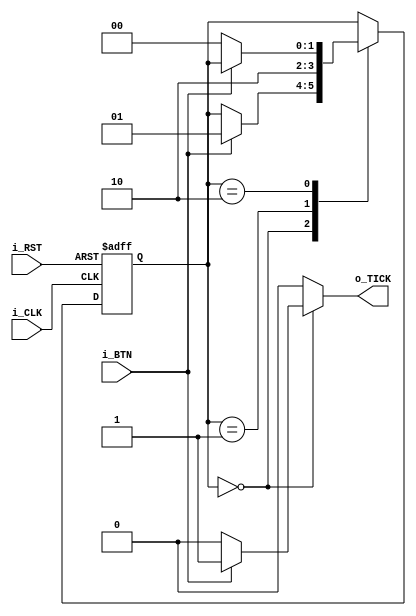
`timescale 1ns / 1ps
//////////////////////////////////////////////////////////////////////////////////
// Company:
// Engineer:
//
// Design Name:
// Module Name: rising_edge_detector_mealy
// Project Name:
// Target Devices:
// Tool Versions:
// Description:
//
// Dependencies:
//
// Revision:
// Revision 0.01 - File Created
// Additional Comments:
//
//////////////////////////////////////////////////////////////////////////////////


module button_tick_latch(input i_CLK,
                         input i_RST,
                         input i_BTN,
                         output reg o_TICK);
    
    //assigns state names to bit values for case statement
    localparam [1:0] zero = 2'b00,
    hold = 2'b01,
    one = 2'b10;
    
    reg [1:0] state_reg, state_next;
    
    //D FF
    always @(negedge i_CLK, posedge i_RST)
        if (i_RST)
            state_reg = zero;
        else
            state_reg = state_next;
    
    //Next state logic and output logic
    always @*
    begin
    o_TICK     = 1'b0;  //default off since rising/falling edge will happen less often
    state_next = state_reg;
    case(state_reg)
        zero:
        if (i_BTN)
        begin
            o_TICK     = 1'b1;
            state_next = hold;
        end
        hold:
        begin
            o_TICK     = 1'b0;
            state_next = one;
        end
        one:
        if (~i_BTN)
            state_next = zero;
            endcase
    end
        
endmodule